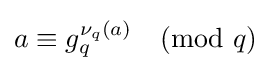
a\equiv g_{q}^{\nu _{q}(a)}{\pmod {q}}